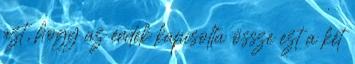
azt, hogy az érdek kapcsolta össze ezt a két